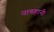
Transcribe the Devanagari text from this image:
नागहानी